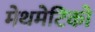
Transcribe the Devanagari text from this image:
मेथमेटिको